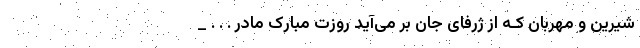
شیرین و مهربان کـه از ژرفای جان بر می‌آید روزت مبارک مادر . . . _